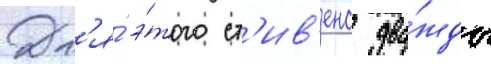
Дл'я́ э́того ст'ив'енс два́жды